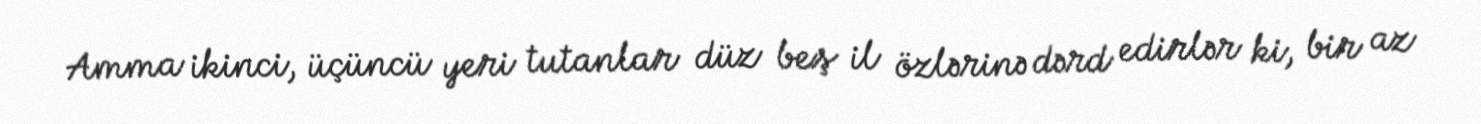
Amma ikinci, üçüncü yeri tutanlar düz beş il özlərinə dərd edirlər ki, bir az